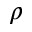
\rho